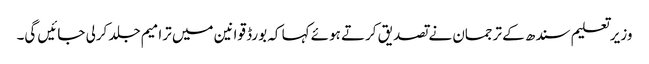
وزیرتعلیم سندھ کے ترجمان نے تصدیق کرتے ہوئے کہا کہ بورڈ قوانین میں ترامیم جلد کرلی جائیں گی۔